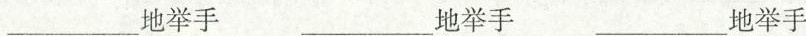
___地举手 ___地举手 ___地举手